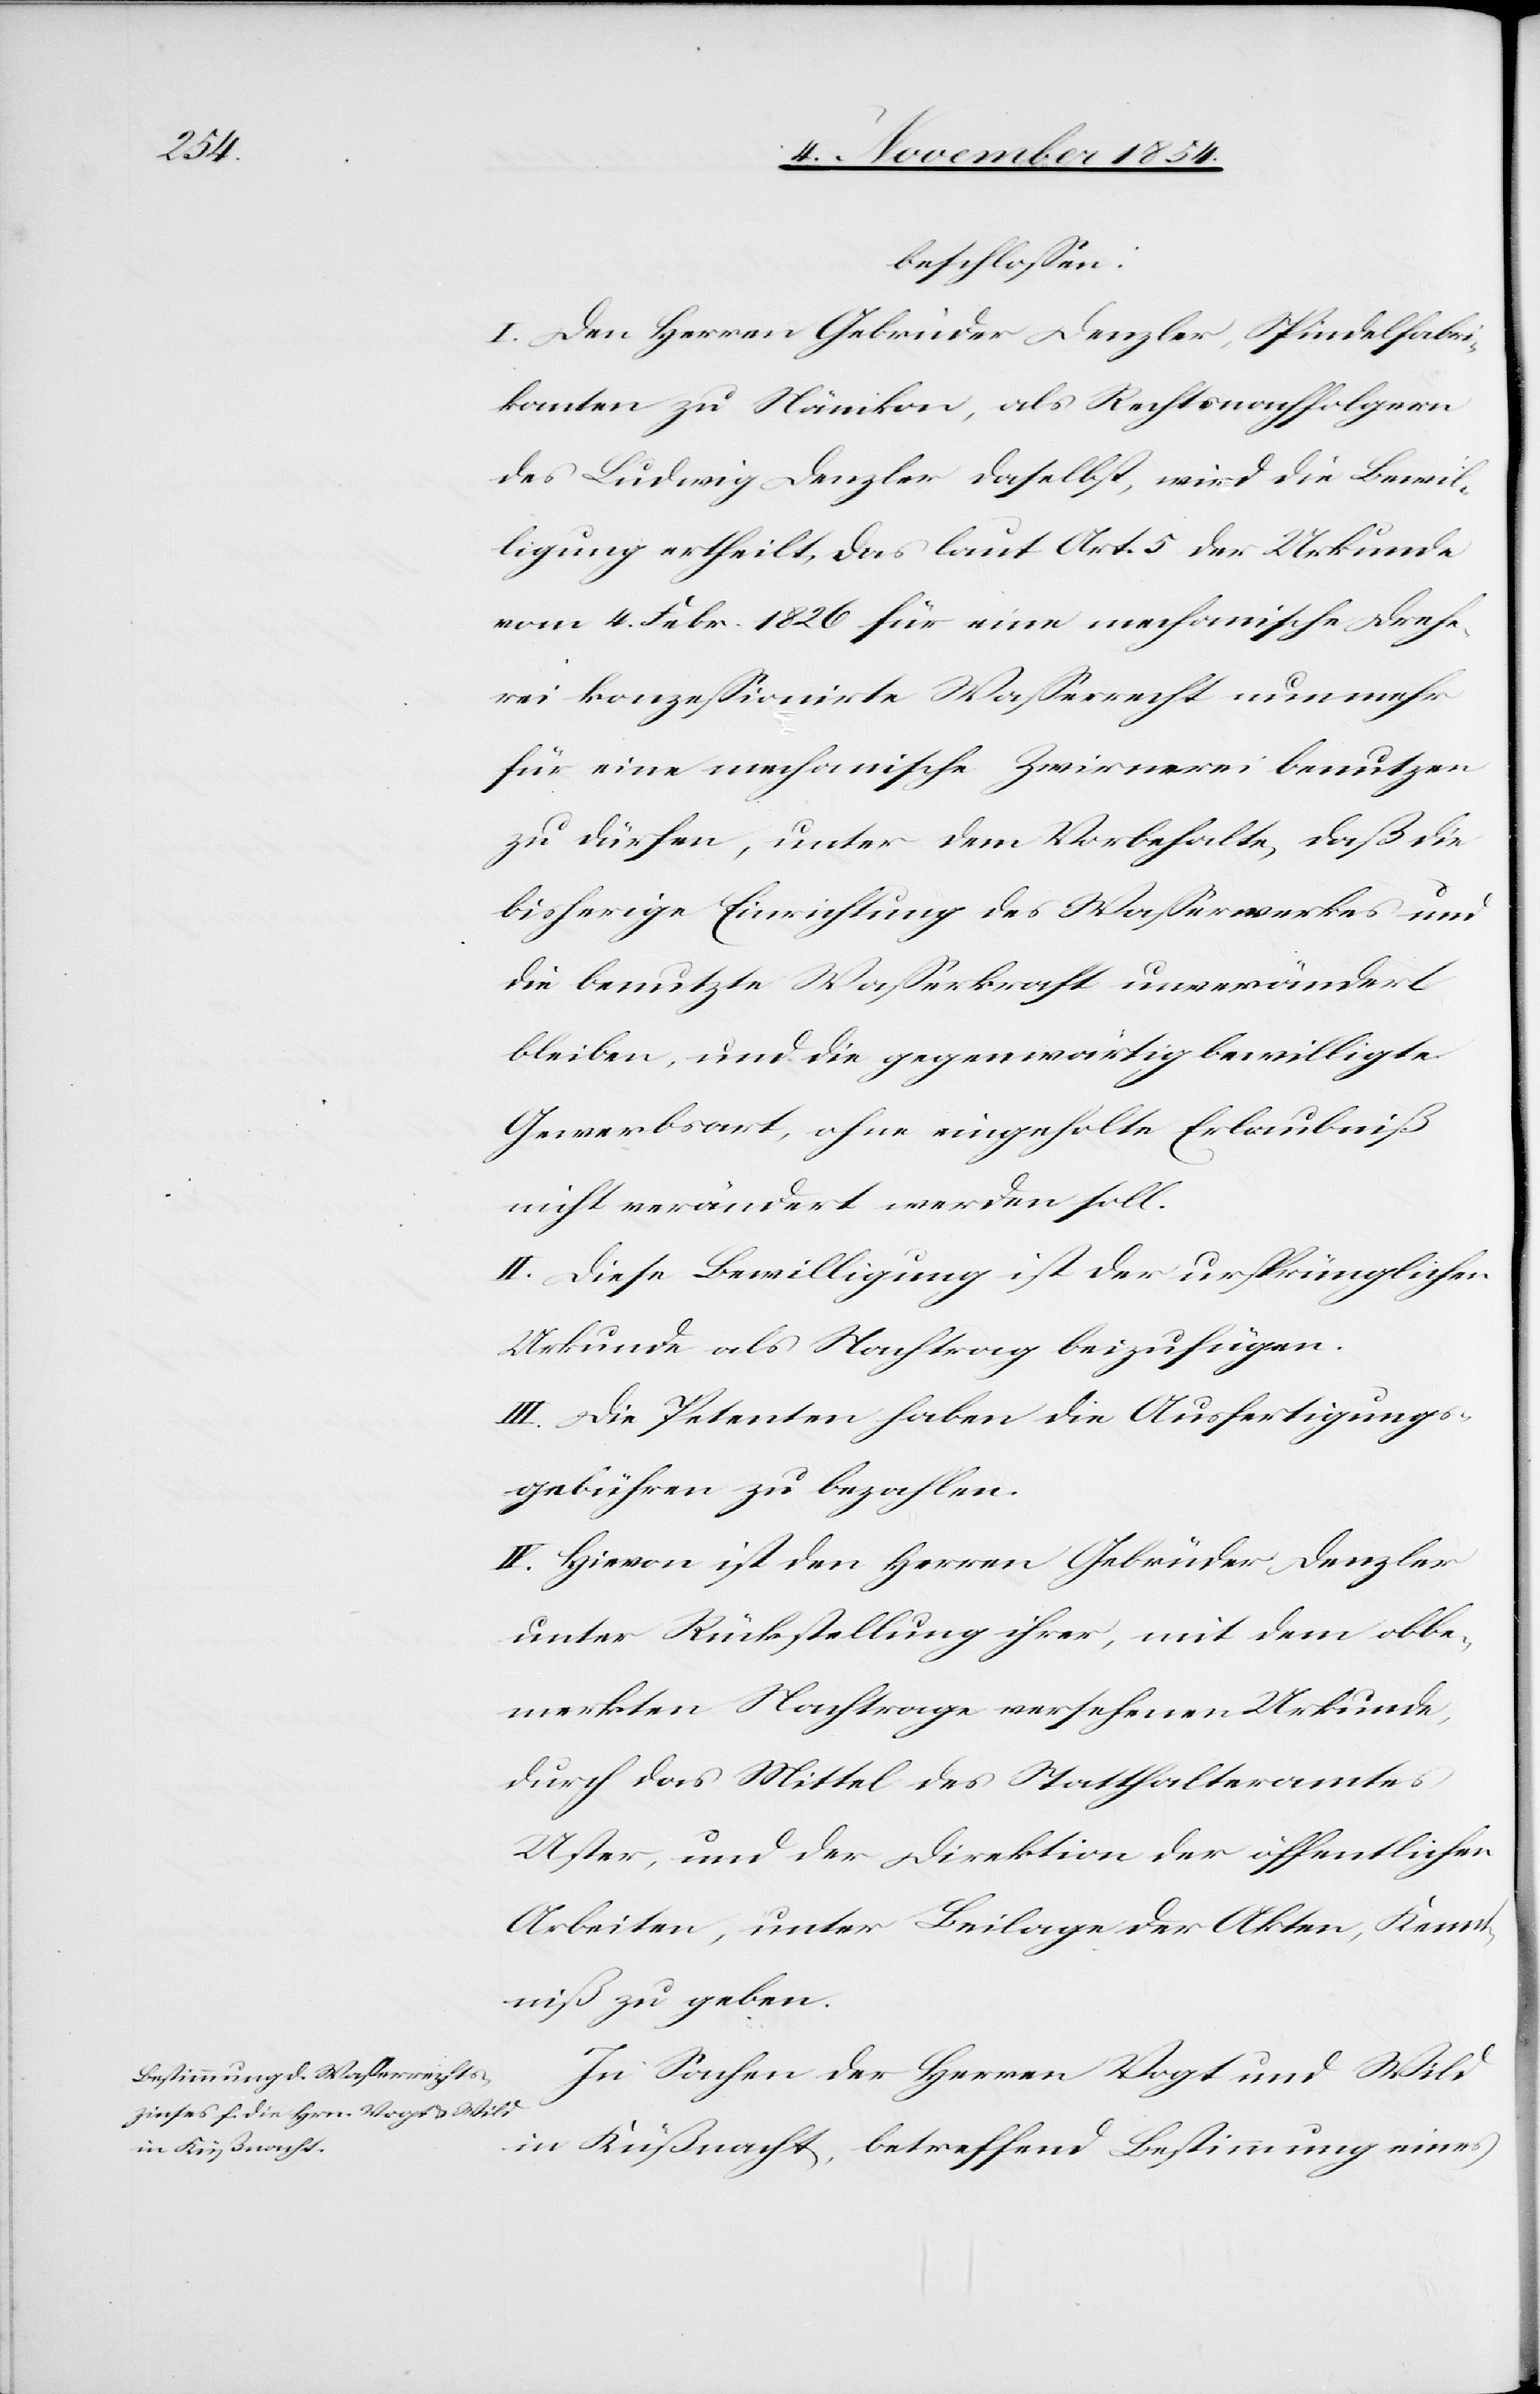
beschloßen:
I. Den Herren Gebrüder Denzler, Spindelfabri¬
kanten zu Nänikon, als Rechtsnachfolgern
des Ludwig Denzler daselbst, wird die Bewil¬
ligung ertheilt, das laut Art. 5 der Urkunde
vom 4. Febr. 1826 für eine mechanische Drehe¬
rei konzeßionirte Waßerrecht nunmehr
für eine mechanische Zwirnerei benutzen
zu dürfen, unter dem Vorbehalt, daß die
bisherige Einrichtung des Waßerwerkes und
die benutzte Waßerkraft unverändert
bleiben, und die gegenwärtig bewilligte
Gewerbsart, ohne eingeholte Erlaubniß
nicht verändert werden soll.
II. Diese Bewilligung ist der ursprünglichen
Urkunde als Nachtrag beizufügen.
III. Die Petenten haben die Ausfertigungs¬
gebühren zu bezahlen.
IV. Hievon ist den Herren Gebrüder Denzler
unter Rückstellung ihrer, mit dem obbe¬
merkten Nachtrage versehenen Urkunde,
durch das Mittel des Statthalteramtes
Uster, und der Direktion der öffentlichen
Arbeiten, unter Beilage der Akten, Kennt¬
niß zu geben.
In Sachen der Herren Vogt und Wild
in Küßnacht, betreffend Bestimmung eines